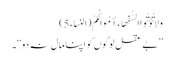
وَلَا تُؤْتُوا السُّفَهَاءَ أَمْوَالَکُمُ (النساء 5)
’’بے عقل لوگوں کو اپنا مال نہ دو‘‘۔